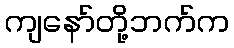
ကျနော်တို့ဘက်က